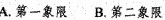
A.第一象限 B.第二象限